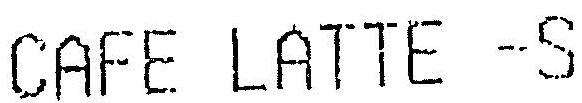
CAFE LATTE -S